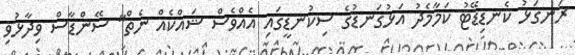
ރަނގަޅު ކެނޑިޑޭޓު ކަމާމެދު އަޅުގަނޑުގެ ސިކުނޑީގައި އެއްވެސް ޝައްކެއް ނެތް" ސޭންޑާސް ވިދާޅުވި